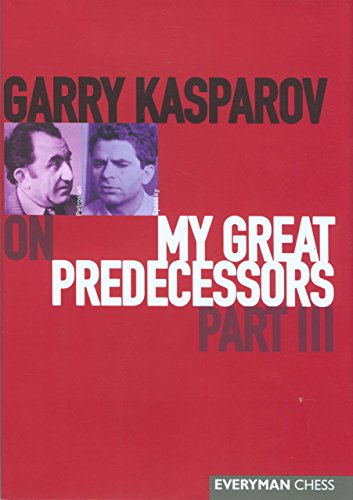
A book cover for Garry Kasparov on My Great Predecessors, Part 3; Garry Kasparov; Humor & Entertainment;